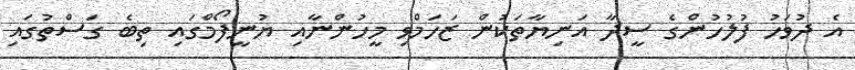
އެ ދުވަހު ފުލުހުންގެ ސީދާ އަނިޔާތަކުން ޒަހަމްވި މީހުންނާއި ޔުނީފޯމްގައި ތިބެ ގަސްތުގައި